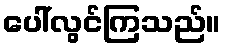
ပေါ်လွင်ကြသည်။